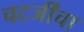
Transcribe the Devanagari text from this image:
चटर्जींचा